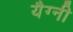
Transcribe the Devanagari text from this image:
यैग्नी